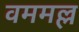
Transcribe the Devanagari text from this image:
वममल्ल